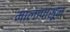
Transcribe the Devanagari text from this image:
मालांपासून